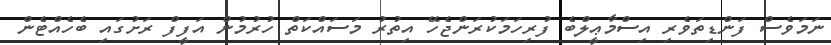
ނަމަވެސް ފަންޑިތަވެރި އިސްމާޢީލްބެ ފުރިހަމަކުރަންޖެހޭ އިތުރު މަސައްކަތް ހުރުމުން އަފީފް ރަށުގައި ބެހެއްޓެން